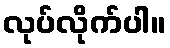
လုပ်လိုက်ပါ။